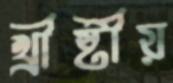
খ্রীষ্টীয়